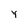
Character: Y